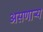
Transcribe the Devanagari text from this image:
असणाऱ्य